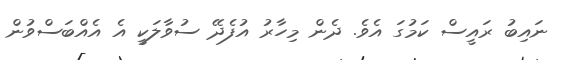
ނައިބު ރައީސް ކަމުގަ އެވެ. ދެން މިހާރު އުފެދޭ ސުވާލަކީ އެ އެއްބަސްވުން